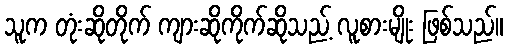
သူက တုံးဆိုတိုက် ကျားဆိုကိုက်ဆိုသည့် လူစားမျိုး ဖြစ်သည်။